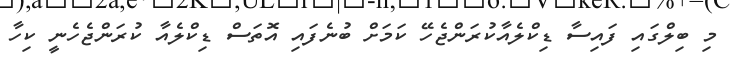
މި ބިލްގައި ފައިސާ ޑިކްލެއާކުރަންޖެހޭ ކަމަށް ބުނެފައި އޮތަސް ޑިކްލެއާ ކުރަންޖެހެނީ ކިހާ